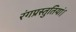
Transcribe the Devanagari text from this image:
रंगप्रस्तुतियां।